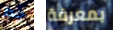
جدا بمعرفة